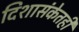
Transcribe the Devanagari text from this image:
दिशासंकेतही